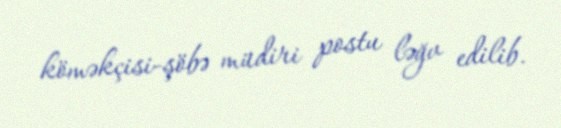
köməkçisi-şöbə müdiri postu ləğv edilib.